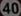
40